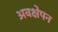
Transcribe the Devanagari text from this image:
अवक्षेपन